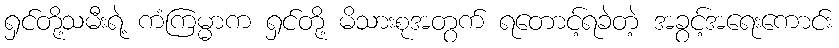
ရှင်တို့သမီးရဲ့ ကံကြမ္မာက ရှင်တို့ မိသားစုအတွက် ရတောင့်ရခဲတဲ့ အခွင့်အရေးကောင်း